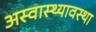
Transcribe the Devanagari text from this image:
अस्वास्थ्यावस्था